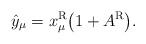
\begin{gather*}\hat{y}_\mu=x_\mu^{\rm R}\big(1+A^{\rm R}\big).\end{gather*}